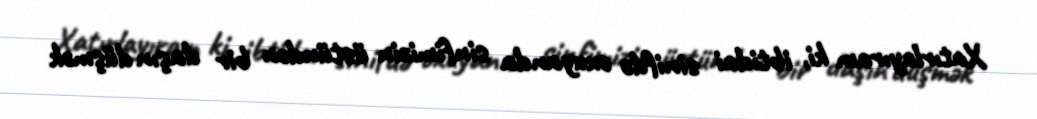
Xatırlayıram ki, ibtidai sinifdə oxuyanda sinfimizin üstündən bir daşın düşmək